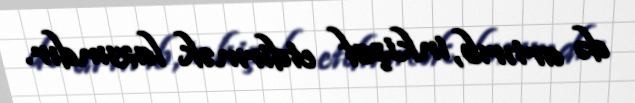
də artırıb, inkişaf etdirmək lazımdır.